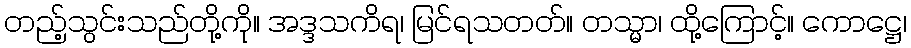
တည့်သွင်းသည်တို့ကို။ အဒ္ဒသကိရ၊ မြင်ရသတတ်။ တသ္မာ၊ ထို့ကြောင့်။ ကောဋ္ဌေ၊